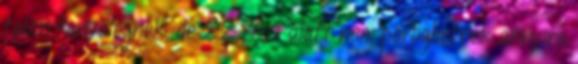
talán fanyalognék, de 22 rész alatt nem pöröghetnek annyira